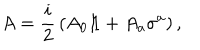
LaTeX: A = { \frac { i } { 2 } } \left( A _ { 0 } 1 \! \! 1 + A _ { a } \sigma ^ { a } \right) ,